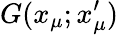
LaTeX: G(x_{\mu};x_{\mu}^{\prime})